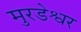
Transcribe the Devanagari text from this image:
मुरडेश्वर